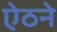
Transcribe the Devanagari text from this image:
ऐठने